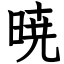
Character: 暁